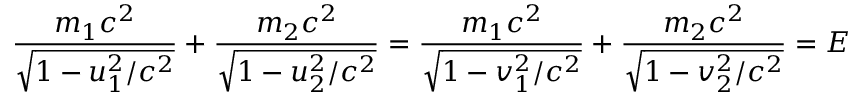
{ \frac { m _ { 1 } c ^ { 2 } } { \sqrt { 1 - u _ { 1 } ^ { 2 } / c ^ { 2 } } } } + { \frac { m _ { 2 } c ^ { 2 } } { \sqrt { 1 - u _ { 2 } ^ { 2 } / c ^ { 2 } } } } = { \frac { m _ { 1 } c ^ { 2 } } { \sqrt { 1 - v _ { 1 } ^ { 2 } / c ^ { 2 } } } } + { \frac { m _ { 2 } c ^ { 2 } } { \sqrt { 1 - v _ { 2 } ^ { 2 } / c ^ { 2 } } } } = E